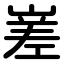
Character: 嵳